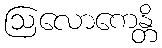
ဩလောကေန္တိ